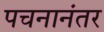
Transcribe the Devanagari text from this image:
पचनानंतर